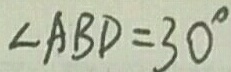
\angle A B D = 3 0 ^ { \circ }